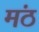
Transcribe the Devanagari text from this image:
मंठ